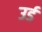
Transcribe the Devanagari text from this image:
उर्ड